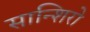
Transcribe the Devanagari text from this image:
सान्शिरो